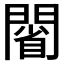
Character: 𨵥